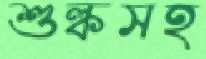
শুল্কসহ